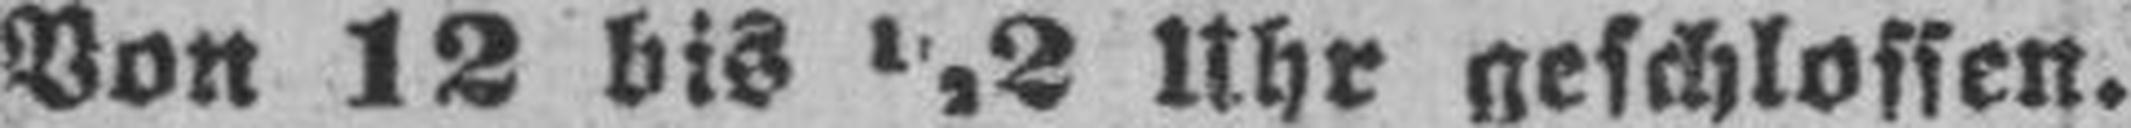
Von 12 bis ½2 Uhr geschlossen.